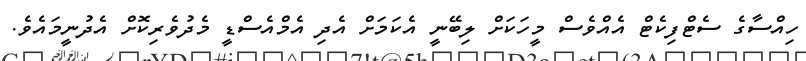
ހިއްސާގެ ސެޓްފިކެޓް އެއްވެސް މީހަކަށް ލިބޭނީ އެކަމަށް އެދި އެމްއެސްޑީ މެދުވެރިކޮށް އެދުނީމައެވެ.